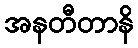
အနတီတာနိ